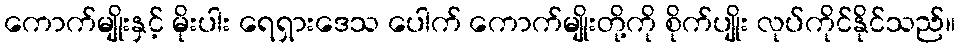
ကောက်မျိုးနှင့် မိုးပါး ရေရှားဒေသ ပေါက် ကောက်မျိုးတို့ကို စိုက်ပျိုး လုပ်ကိုင်နိုင်သည်။